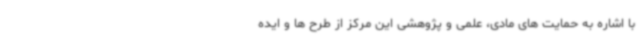
با اشاره به حمایت های مادی، علمی و پژوهشی این مرکز از طرح ها و ایده